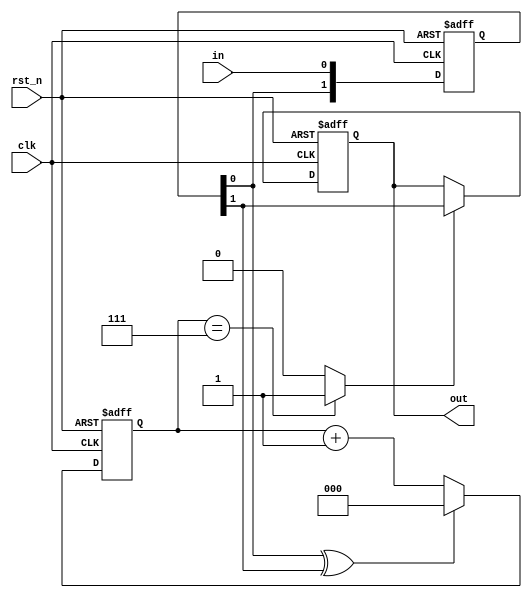
module deb #(parameter WIDTH = 3)
           (input clk,
             input rst_n,
             input in,
             output out);
    
    reg out_next, out_reg;
    reg [1:0] ff_next, ff_reg;
    reg [WIDTH - 1:0] cnt_next, cnt_reg;
    
    assign out        = out_reg;
    assign in_changed = ff_reg[0] ^ ff_reg[1];
    assign in_stable  = (cnt_reg == {WIDTH{1'b1}}) ? 1'b1 : 1'b0;
    
    always @(posedge clk, negedge rst_n)
        if (!rst_n) begin
            out_reg <= 1'b0;
            ff_reg  <= 2'b00;
            cnt_reg <= {WIDTH{1'b0}};
        end
        else begin
            out_reg <= out_next;
            ff_reg  <= ff_next;
            cnt_reg <= cnt_next;
        end
    
    always @(*) begin
        ff_next[0] = in;
        ff_next[1] = ff_reg[0];
        cnt_next   = in_changed ? 0 : (cnt_reg + 1'b1);
        out_next   = in_stable ? ff_reg[1] : out_reg;
    end
    
endmodule